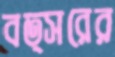
বত্সরের